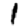
Digit: 1